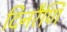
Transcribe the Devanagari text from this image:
दिनरैणि